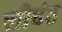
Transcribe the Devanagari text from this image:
सीधंत